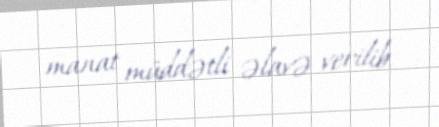
manat müddətli əlavə verilib.